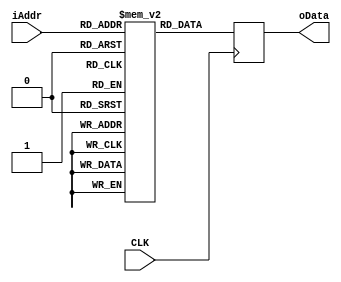
`timescale 1ns / 1ps

module ROM_3_13(
	CLK,
	iAddr,
	oData
);

// The parameter determining which instance of the core is the ROM used in
 
input 					CLK;
input 		[2:0] 	iAddr;
output reg	[16:0] 	oData;

reg			[16:0]	ROM [0:8];

initial
begin
	oData = 0;
	ROM[3'b101] = 17'b00000001100110000;
	ROM[3'b110] = 17'b00000100010101001;
	ROM[3'b111] = 17'b00001011110001011;
	ROM[3'b000] = 17'b00100000000000000;
	ROM[3'b001] = 17'b01010110111111000;
	ROM[3'b010] = 17'b11101100011100110;
	// Data for input 3 id not defined as the number of bits would have to be increased
end

always @(posedge CLK)
begin
	oData = ROM[iAddr];
end
	
endmodule